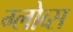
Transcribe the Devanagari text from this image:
ग्लोव्स